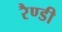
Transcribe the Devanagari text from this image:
रैण्डी